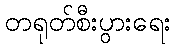
တရုတ်စီးပွားရေး